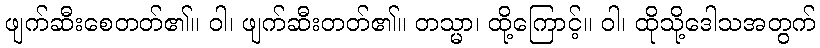
ဖျက်ဆီးစေတတ်၏။ ဝါ၊ ဖျက်ဆီးတတ်၏။ တသ္မာ၊ ထို့ကြောင့်။ ဝါ၊ ထိုသို့ဒေါသအတွက်